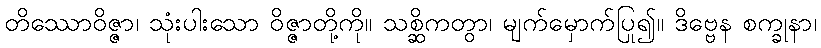
တိဿောဝိဇ္ဇာ၊ သုံးပါးသော ဝိဇ္ဇာတို့ကို။ သစ္ဆိကတွာ၊ မျက်မှောက်ပြု၍။ ဒိဗ္ဗေန စက္ခုနာ၊